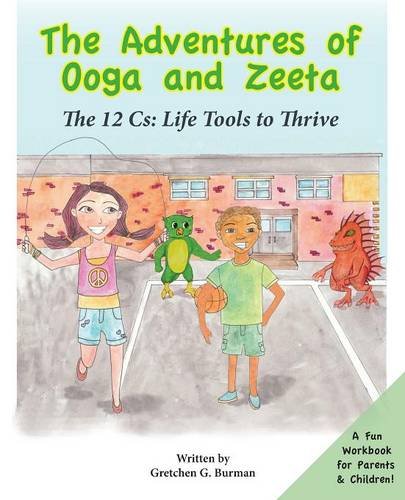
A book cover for The Adventures of Ooga and Zeeta: The 12 Cs: Life Tools to Thrive; Gretchen Burman; Self-Help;